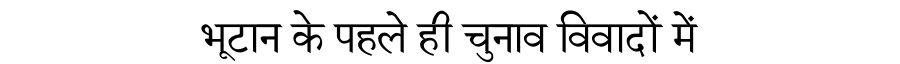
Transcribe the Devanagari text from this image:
भूटान के पहले ही चुनाव विवादों में